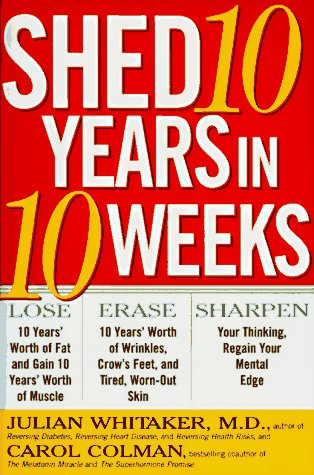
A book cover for Shed 10 Years in 10 Weeks; Julian Whitaker; Health, Fitness & Dieting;